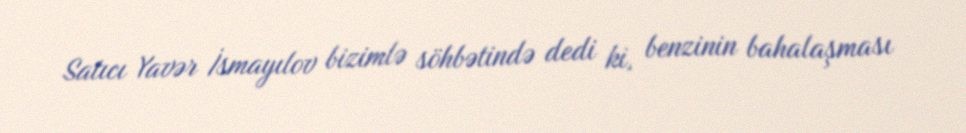
Satıcı Yavər İsmayılov bizimlə söhbətində dedi ki, benzinin bahalaşması